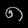
Digit: ၈